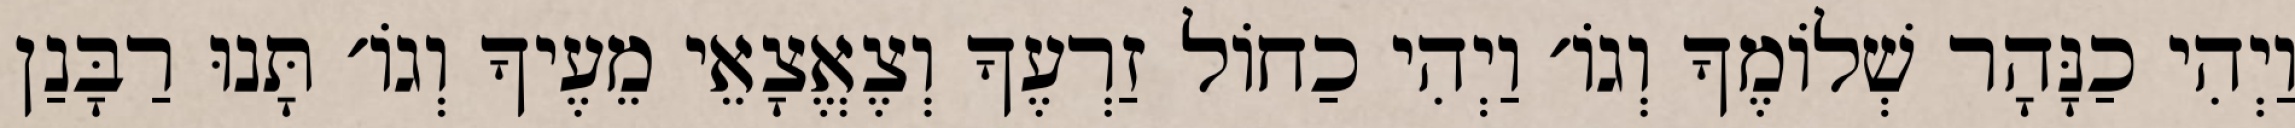
וַיְהִי כַנָּהָר שְׁלוֹמֶךָ וְגוֹ׳ וַיְהִי כַחוֹל זַרְעֶךָ וְצֶאֱצָאֵי מֵעֶיךָ וְגוֹ׳ תָּנוּ רַבָּנַן